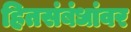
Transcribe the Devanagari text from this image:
हितसंबंधांवर